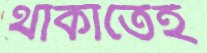
থাকাতেই